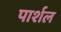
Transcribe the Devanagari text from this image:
पार्शल